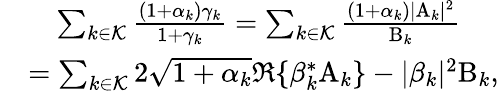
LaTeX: \begin{array}{rl}&{\quad\sum_{k\in\mathcal{K}}\frac{\left(1+\alpha_{k}\right)\gamma_{k}}{1+\gamma_{k}}=\sum_{k\in\mathcal{K}}\frac{\left(1+\alpha_{k}\right)|\mathrm{A}_{k}|^{2}}{\mathrm{B}_{k}}}\\ &{=\sum_{k\in\mathcal{K}}2\sqrt{1+\alpha_{k}}\Re\{ {\beta}_{k}^{\ast}\mathrm{A}_{k}\} -|{\beta}_{k}|^{2}\mathrm{B}_{k},}\end{array}